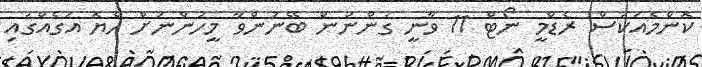
ކޮންމެއަކަސް ރެޑްމީ ނޯޓް 11 ވާނީ ގަންނަން ބޭނުންވާ މީހުންނަށް ހެޔޮ އަގެއްގައި